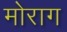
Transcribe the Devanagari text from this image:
मोराग